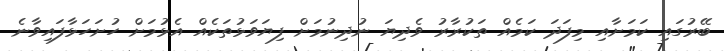
ބޭރުގައި ކަމަށާއި މިފަދަ ކަމެއް ތަކުރާރު ވެދިޔަ ނުދިނުމަށް ފިޔަވަޅުތަކެއް އެޅުމަށް ހުށަހަޅާފައިވާނެ